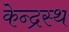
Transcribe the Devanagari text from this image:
केन्द्रस्थ